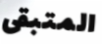
المتبقى